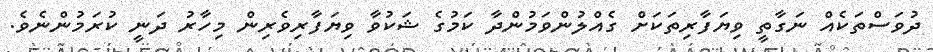
ދުވަސްތަކެއް ނަގާތީ ވިޔަފާރިތަކަށް ގެއްލުންވަމުންދާ ކަމުގެ ޝަކުވާ ވިޔަފާރިވެރިން މިހާރު ދަނީ ކުރަމުންނެވެ.